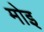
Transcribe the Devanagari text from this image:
मोइ